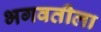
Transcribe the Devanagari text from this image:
भगवतीला